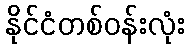
နိုင်ငံတစ်ဝန်းလုံး